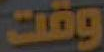
وقت